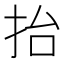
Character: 抬